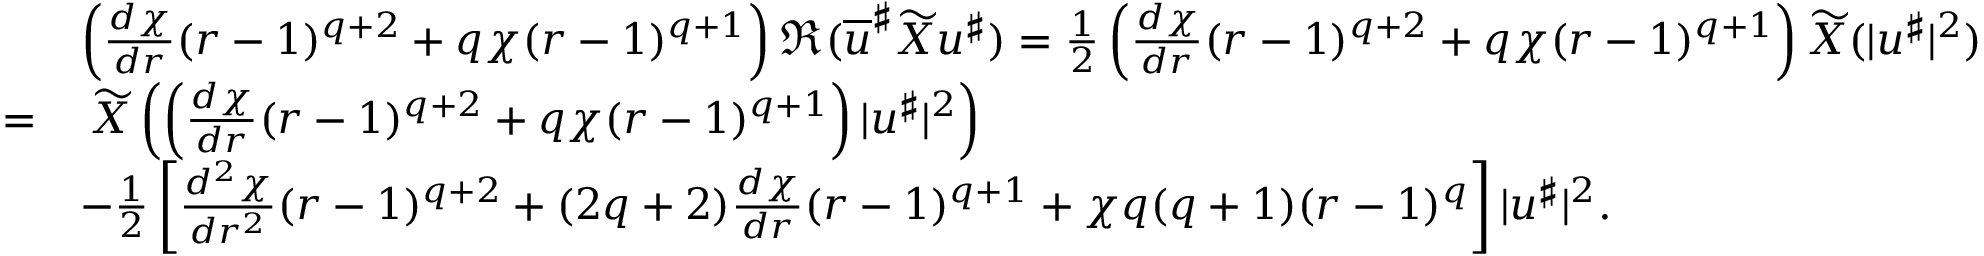
\begin{array} { r l } & { \left( \frac { d \chi } { d r } ( r - 1 ) ^ { q + 2 } + q \chi ( r - 1 ) ^ { q + 1 } \right) \Re ( \overline { { u } } ^ { \sharp } \widetilde { X } u ^ { \sharp } ) = \frac { 1 } { 2 } \left( \frac { d \chi } { d r } ( r - 1 ) ^ { q + 2 } + q \chi ( r - 1 ) ^ { q + 1 } \right) \widetilde { X } ( | u ^ { \sharp } | ^ { 2 } ) } \\ { = } & { \: \widetilde { X } \left( \left( \frac { d \chi } { d r } ( r - 1 ) ^ { q + 2 } + q \chi ( r - 1 ) ^ { q + 1 } \right) | u ^ { \sharp } | ^ { 2 } \right) } \\ & { - \frac { 1 } { 2 } \left[ \frac { d ^ { 2 } \chi } { d r ^ { 2 } } ( r - 1 ) ^ { q + 2 } + ( 2 q + 2 ) \frac { d \chi } { d r } ( r - 1 ) ^ { q + 1 } + \chi q ( q + 1 ) ( r - 1 ) ^ { q } \right] | u ^ { \sharp } | ^ { 2 } . } \end{array}